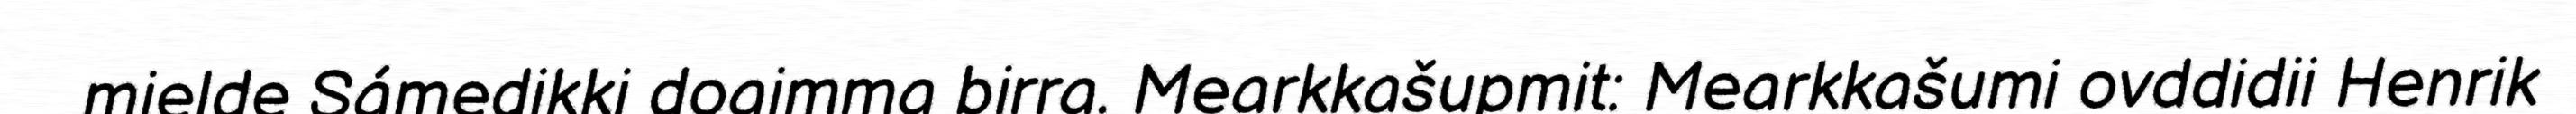
mielde Sámedikki doaimma birra. Mearkkašupmit: Mearkkašumi ovddidii Henrik